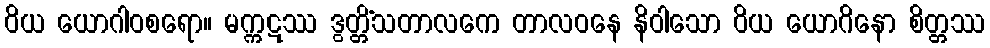
ဝိယ ယောဂါဝစရော။ မက္ကဋဿ ဒွတ္တိံသတာလကေ တာလဝနေ နိဝါသော ဝိယ ယောဂိနော စိတ္တဿ